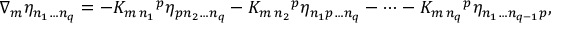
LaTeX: \nabla _ { m } \eta _ { n _ { 1 } \dots n _ { q } } = - K _ { m \, n _ { 1 } } { } ^ { p } \eta _ { p n _ { 2 } \dots n _ { q } } - K _ { m \, n _ { 2 } } { } ^ { p } \eta _ { n _ { 1 } p \dots n _ { q } } - \dots - K _ { m \, n _ { q } } { } ^ { p } \eta _ { n _ { 1 } \dots n _ { q - 1 } p } ,